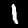
Label: 1